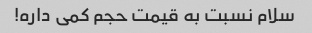
سلام نسبت به قیمت حجم کمی داره!